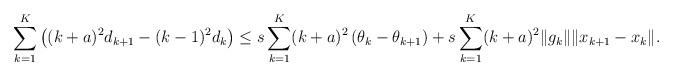
LaTeX: \begin{align*}\sum_{k=1}^{K}\left( (k + a)^2 d_{k+1} - (k -1)^2 d_k \right) \leq s\sum_{k=1}^{K}(k + a)^2\left( \theta_k - \theta_{k+1} \right) +s\sum_{k=1}^{K}(k + a)^2 \| g_k\| \| x_{k+1}-x_k \| .\end{align*}